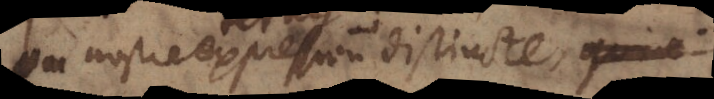
ou nostre expression distincte la